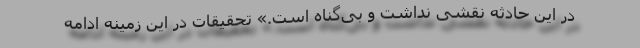
در این حادثه نقشی نداشت و بی‌گناه است.» تحقیقات در این زمینه ادامه